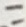
Text: 11